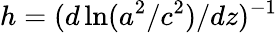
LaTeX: h=(d\ln(a^{2}/c^{2})/dz)^{-1}